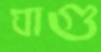
ঘাগু